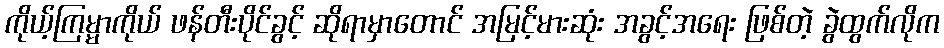
ကိုယ့်ကြမ္မာကိုယ် ဖန်တီးပိုင်ခွင့် ဆိုရာမှာတောင် အမြင့်မားဆုံး အခွင့်အရေး ဖြစ်တဲ့ ခွဲထွက်လိုက